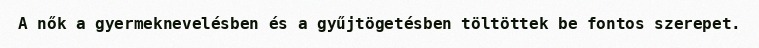
A nők a gyermeknevelésben és a gyűjtögetésben töltöttek be fontos szerepet.